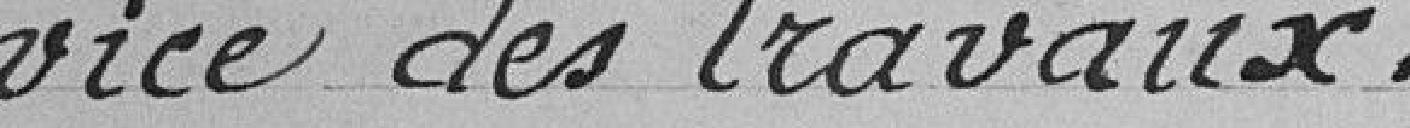
vice des travaux